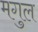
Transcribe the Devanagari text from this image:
मगुल